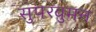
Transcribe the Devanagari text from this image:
सुपरवुमन